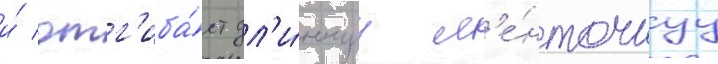
и́ отг'иба́ет дл'и́ннуу л'е́нточнуу